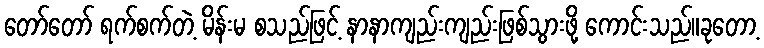
တော်တော် ရက်စက်တဲ့ မိန်းမ စသည်ဖြင့် နာနာကျည်းကျည်းဖြစ်သွားဖို့ ကောင်းသည်။ခုတော့